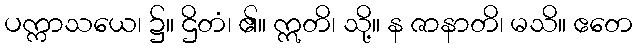
ပက္ကာသယေ၊ ၌။ ဌိတံ၊ ၏။ ဣတိ၊ သို့။ န ဇာနာတိ၊ မသိ။ ဧတေ